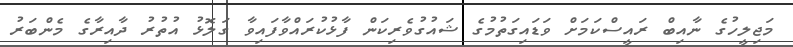
މަޖިލީހުގެ ނާއިބް ރައީސްކަމަށް ވަޑައިގަތުމުގެ ޝައުގުވެރިކަން ފާޅުކުރައްވާފައިވާ ގަލޮޅު އުތުރު ދާއިރާގެ މެންބަރު